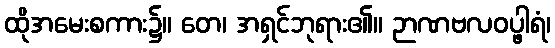
ထိုအမေးစကား၌။ တေ၊ အရှင်ဘုရား၏။ ဉာဏဗလဝပ္ဖါရံ၊